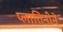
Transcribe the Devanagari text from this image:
प्लातिनीने